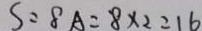
S = 8 A = 8 \times 2 = 1 6